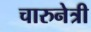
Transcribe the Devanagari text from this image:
चारुनेत्री